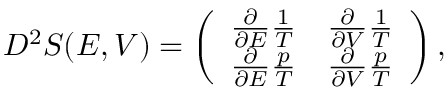
\begin{array} { r } { D ^ { 2 } S ( E , V ) = \left( \begin{array} { l l } { \frac { \partial } { \partial E } \frac { 1 } { T } } & { \frac { \partial } { \partial V } \frac { 1 } { T } } \\ { \frac { \partial } { \partial E } \frac { p } { T } } & { \frac { \partial } { \partial V } \frac { p } { T } } \end{array} \right) , } \end{array}